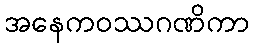
အနေကဝဿဂဏိကာ